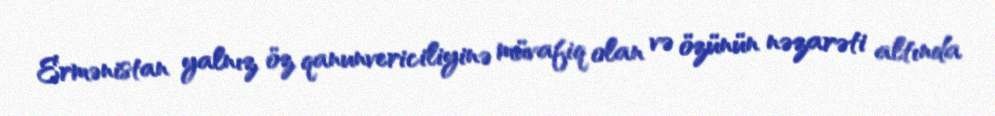
Ermənistan yalnız öz qanunvericiliyinə müvafiq olan və özünün nəzarəti altında